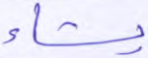
يشاء